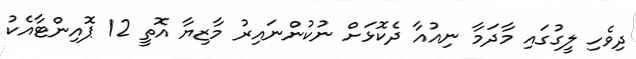
ދިވެހި ލީގުގައި މާދަމާ ނިއުއާ ދެކޮޅަށް ނުކުންނައިރު މާޒިޔާ އޮތީ 12 ޕޮއިންޓާއެކު